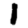
Digit: 1